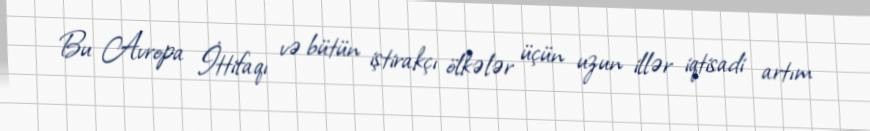
Bu Avropa İttifaqı və bütün iştirakçı ölkələr üçün uzun illər iqtisadi artım